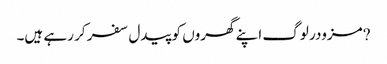
?مزودر لوگ اپنے گھروں کو پیدل سفر کر رہے ہیں۔